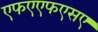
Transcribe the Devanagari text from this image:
एफएएफएसए